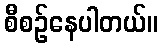
စီစဉ်နေပါတယ်။